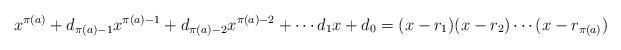
LaTeX: \begin{align*}x^{\pi(a)} + d_{\pi(a) - 1}x^{\pi(a) - 1} + d_{\pi(a) - 2}x^{\pi(a) - 2} + \cdots d_1x + d_0 = (x - r_1)(x - r_2)\cdots(x - r_{\pi(a)})\end{align*}